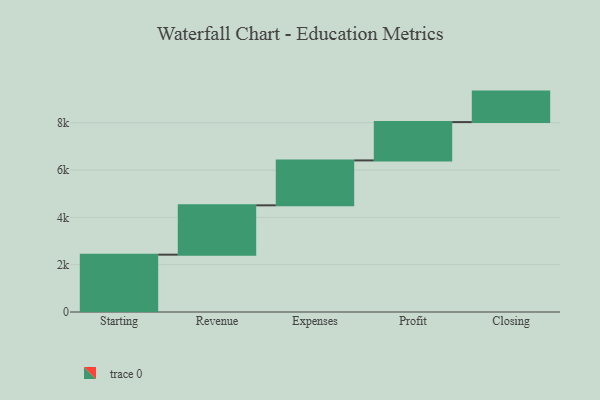
{"axis": {"x": "Step", "y": "Value"}, "legend": [""], "data": [{"x": "Starting", "y": 2424.0, "type": ""}, {"x": "Revenue", "y": 2086.0, "type": ""}, {"x": "Expenses", "y": 1899.0, "type": ""}, {"x": "Profit", "y": 1620.0, "type": ""}, {"x": "Closing", "y": 1289.0, "type": ""}]}